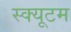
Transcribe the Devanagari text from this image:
स्क्यूटम